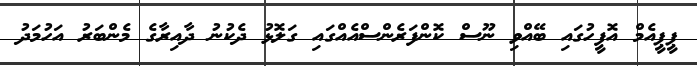
ޕީޕީއެމް އޮފީހުގައި ބޭއްވި ނޫސް ކޮންފަރެންސްއެއްގައި ގަލޮޅު ދެކުނު ދާއިރާގެ މެންބަރު އަހުމަދު